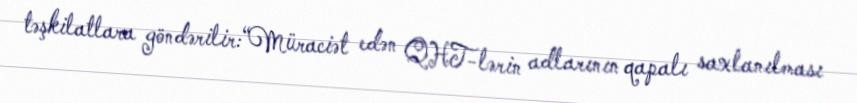
təşkilatlara göndərilir:“Müraciət edən QHT-lərin adlarının qapalı saxlanılması